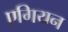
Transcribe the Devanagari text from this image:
एगियन